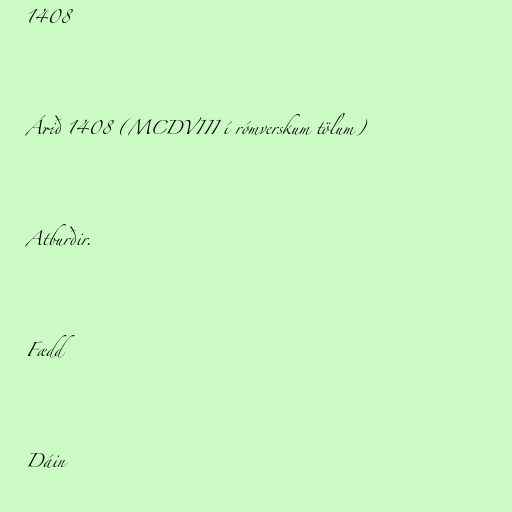
1408

Árið 1408 (MCDVIII í rómverskum tölum)

Atburðir.

Fædd

Dáin